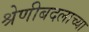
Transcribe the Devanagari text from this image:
श्रेणीबदलाच्या